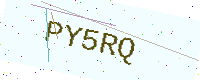
Text: PY5RQ